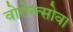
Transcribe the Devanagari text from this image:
वोरोन्त्सोव।